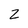
Character: 2